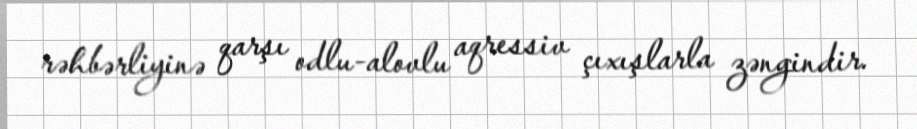
rəhbərliyinə qarşı odlu-alovlu aqressiv çıxışlarla zəngindir.